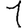
Digit: 1